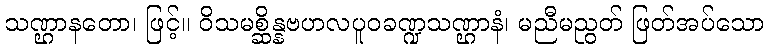
သဏ္ဌာနတော၊ ဖြင့်။ ဝိသမစ္ဆိန္နဗဟလပူဝခဏ္ဍသဏ္ဌာနံ၊ မညီမညွတ် ဖြတ်အပ်သော